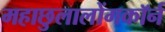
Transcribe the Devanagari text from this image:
महाछुलालोंगकॉर्न